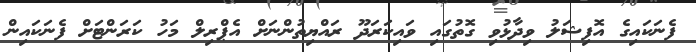
ފެނަކައިގެ އޮފިޝަލު ވިދާޅުވި ގޮތުގައި ވައިކަަރަދޫ ރައްޔިތުންނަށް އެޕްރިލް މަހު ކަރަންޓަށް ފެނަކައިން